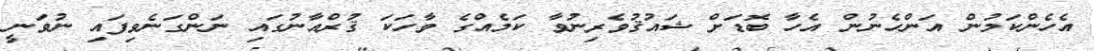
އެހެންކަމުން އަންހެނުން އެހާ ބޮޑަށް ޝައުޤުވެރިނުވާ ކަމެއްގެ ވާހަކަ ޤުރްއާނުގައި ނަންގަނެވިފައި ނުވަނީ